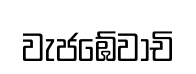
වැජඹේවාචි